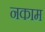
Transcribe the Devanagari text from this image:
नकाम